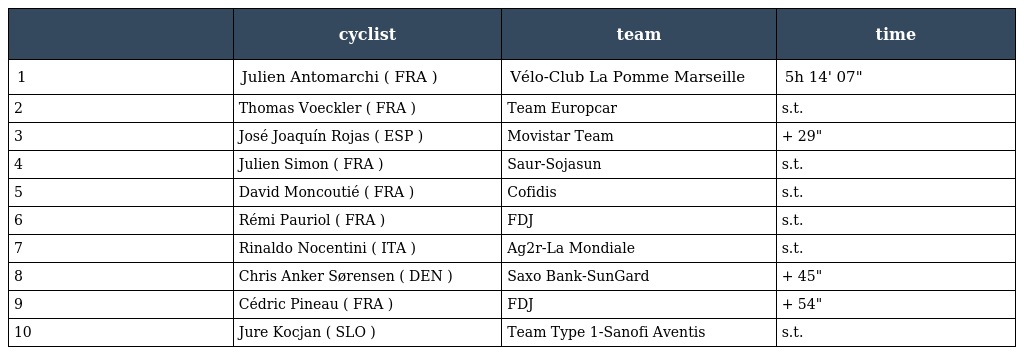
|  | cyclist | team | time |
 | --- | --- | --- | --- |
 | 1 | Julien Antomarchi ( FRA ) | Vélo-Club La Pomme Marseille | 5h 14' 07" |
 | 2 | Thomas Voeckler ( FRA ) | Team Europcar | s.t. |
 | 3 | José Joaquín Rojas ( ESP ) | Movistar Team | + 29" |
 | 4 | Julien Simon ( FRA ) | Saur-Sojasun | s.t. |
 | 5 | David Moncoutié ( FRA ) | Cofidis | s.t. |
 | 6 | Rémi Pauriol ( FRA ) | FDJ | s.t. |
 | 7 | Rinaldo Nocentini ( ITA ) | Ag2r-La Mondiale | s.t. |
 | 8 | Chris Anker Sørensen ( DEN ) | Saxo Bank-SunGard | + 45" |
 | 9 | Cédric Pineau ( FRA ) | FDJ | + 54" |
 | 10 | Jure Kocjan ( SLO ) | Team Type 1-Sanofi Aventis | s.t. |